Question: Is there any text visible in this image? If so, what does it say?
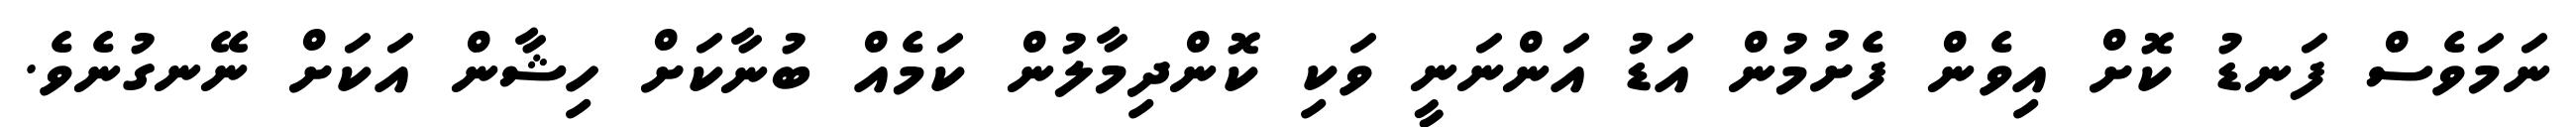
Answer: ނަމަވެސް ފަނޑު ކޮށް އިވެން ފެށުމުން އަޑު އަންނަނީ ވަކި ކޮންދިމާލުން ކަމެއް ބުނާކަށް ހިޝާން އަކަށް ނޭނގުނެވެ.